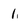
Character: 1